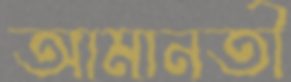
আমানতী